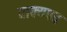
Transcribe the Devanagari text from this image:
वाक्यपद